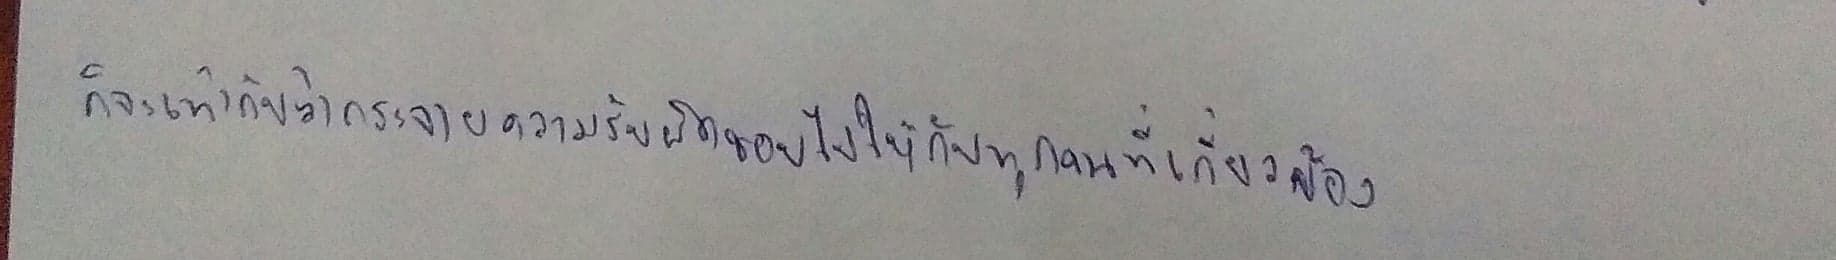
ก็จะเท่ากับว่ากระจายความรับผิดไปให้กับทุกคนที่เกี่ยวข้อง